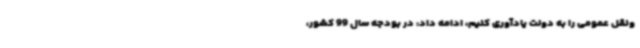
ونقل عمومی را به دولت یادآوری کنیم، ادامه داد: در بودجه سال 99 کشور،